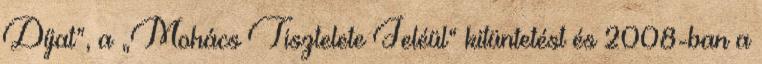
Díjat”, a „Mohács Tisztelete Jeléül“ kitüntetést és 2008-ban a